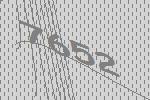
7652